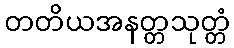
တတိယအနတ္တသုတ္တံ